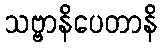
သဗ္ဗာနိပေတာနိ